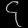
Digit: ၄